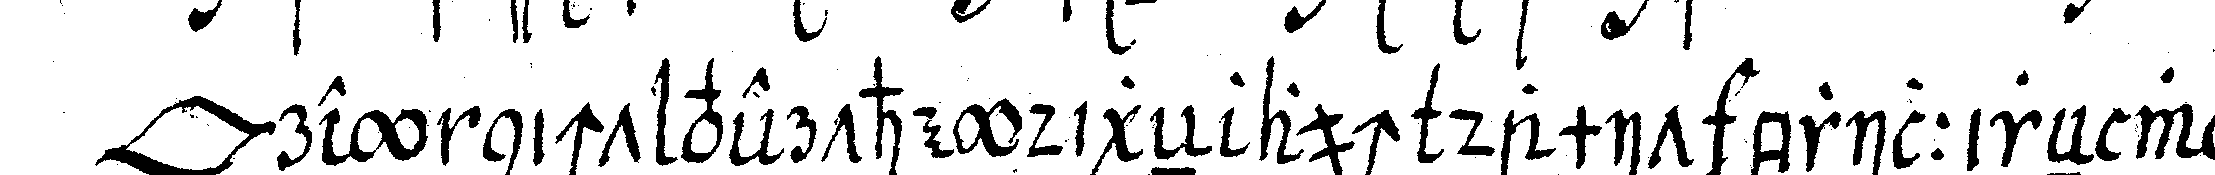
*lip* rey nicht vertheydigeN auch damit brillireN wolleN